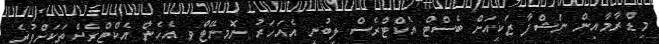
މިޑްރާމާއިން ނަޝްފާ ޒަކީއަށް ބެސްޓް އެކްޓްރެސް ލިބުނީ އެއަހަރު ނޮމިނޭޓްވި އެހެން އެކްޓްރެސްތަކަށްވުރެ